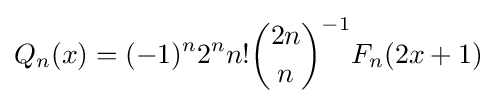
Q_{n}(x)=(-1)^{n}2^{n}n!{\binom {2n}{n}}^{-1}F_{n}(2x+1)